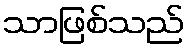
သာဖြစ်သည်